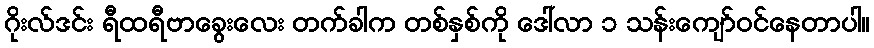
ဂိုးလ်ဒင်း ရီထရီဗာခွေးလေး တက်ခါက တစ်နှစ်ကို ဒေါ်လာ ၁ သန်းကျော်ဝင်နေတာပါ။